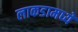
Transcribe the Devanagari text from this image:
लाकडामध्ये